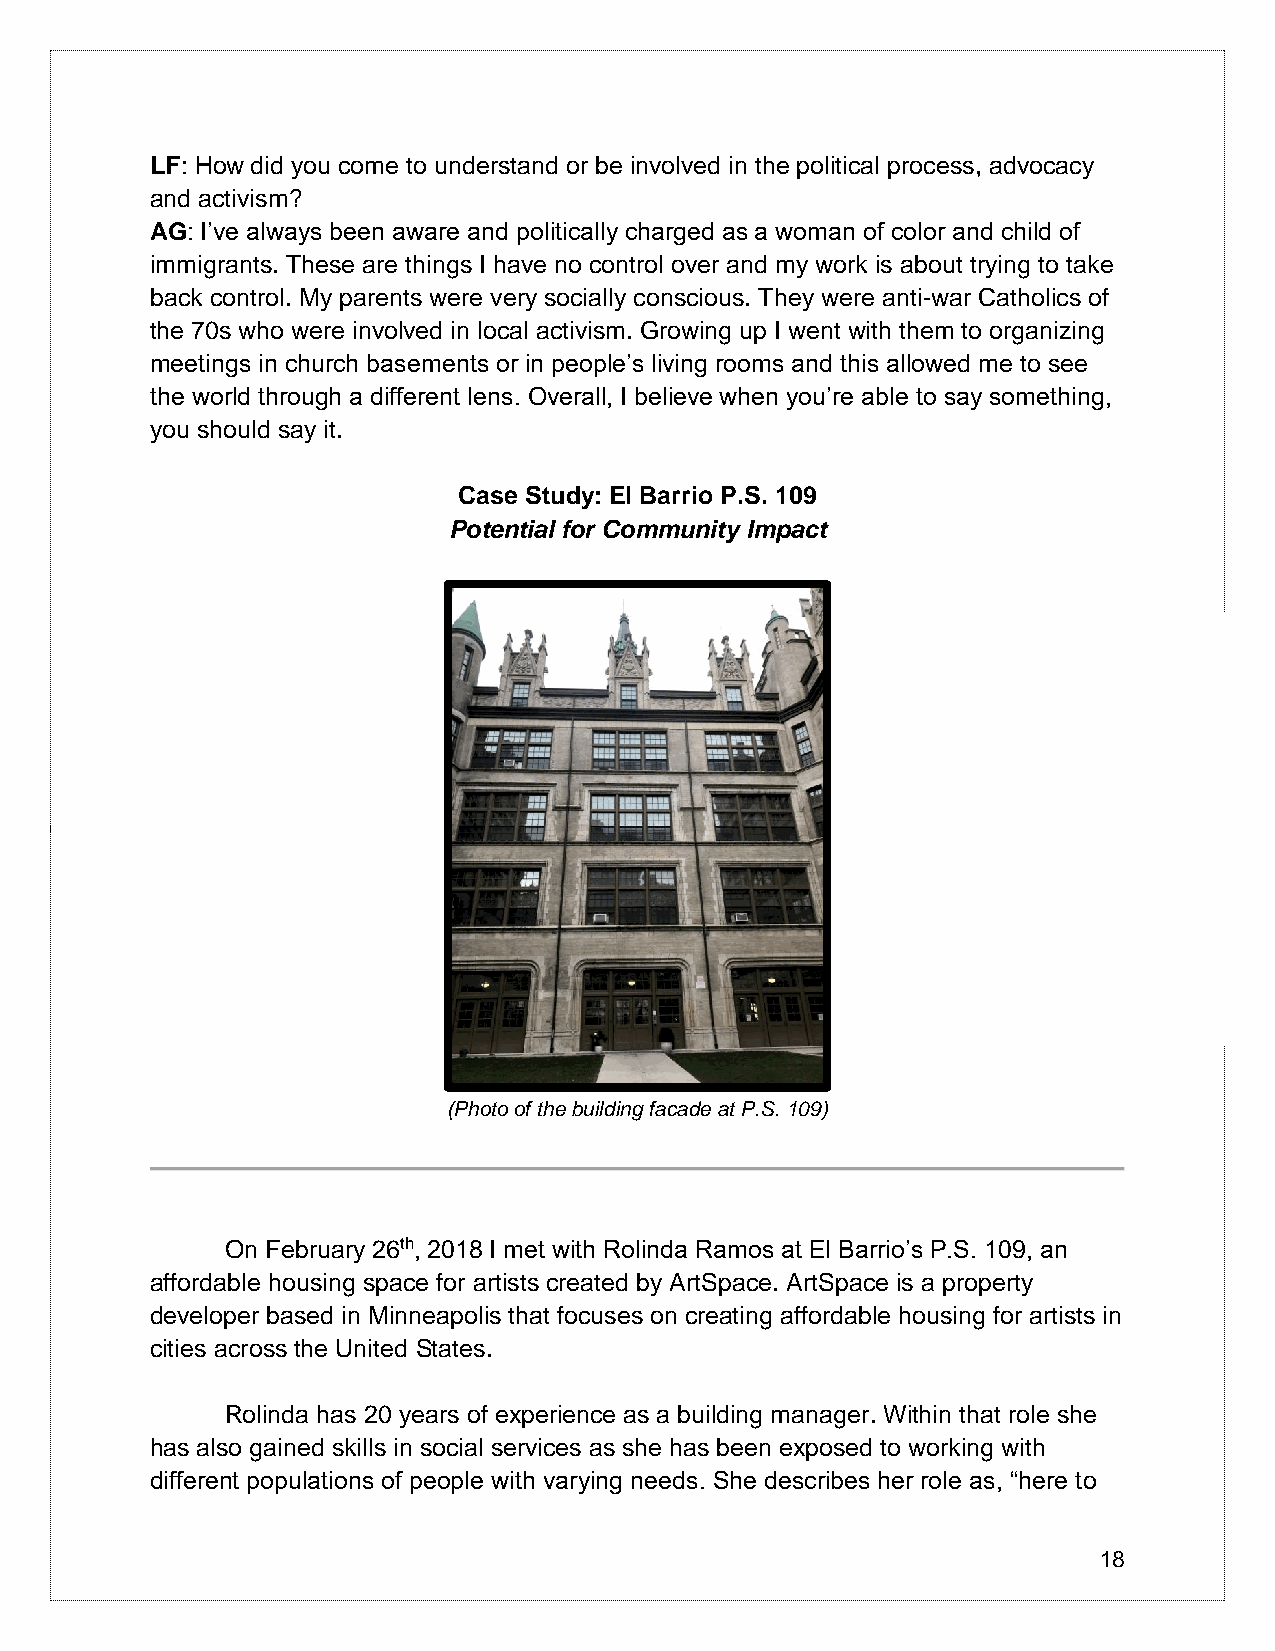
LF: How did you come to understand or be involved in the political process, advocacy
 and activism?
 AG: I’ve always been aware and politically charged as a woman of color and child of
 immigrants. These are things I have no control over and my work is about trying to take
 back control. My parents were very socially conscious. They were anti-war Catholics of
 the 70s who were involved in local activism. Growing up I went with them to organizing
 meetings in church basements or in people’s living rooms and this allowed me to see
 the world through a different lens. Overall, I believe when you’re able to say something,
 you should say it.
 Case Study: El Barrio P.S. 109
 Potential for Community Impact
 (Photo of the building facade at P.S. 109)
 On February 26th, 2018 I met with Rolinda Ramos at El Barrio’s P.S. 109, an
 affordable housing space for artists created by ArtSpace. ArtSpace is a property
 developer based in Minneapolis that focuses on creating affordable housing for artists in
 cities across the United States.
 Rolinda has 20 years of experience as a building manager. Within that role she
 has also gained skills in social services as she has been exposed to working with
 different populations of people with varying needs. She describes her role as, “here to
 18